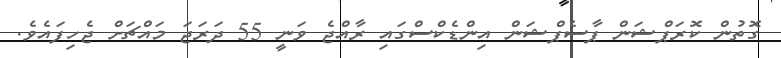
ގޮތުން ކޮރަޕްޝަން ޕާސެޕްޝަން އިންޑެކްސްގައި ރާއްޖެ ވަނީ 55 ދަރަޖަ މައްޗަށް ޖެހިފައެވެ.